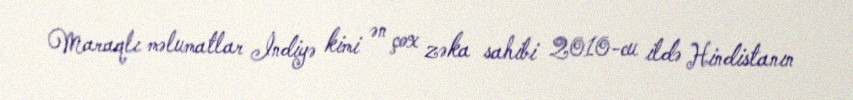
Maraqlı məlumatlar İndiyə kimi ən çox zəka sahibi 2010-cu ildə Hindistanın